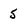
Character: 5